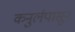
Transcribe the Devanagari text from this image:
कनुर्लपासून